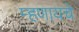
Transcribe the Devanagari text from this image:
म्‍हणायचे